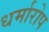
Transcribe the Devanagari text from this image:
धर्मारोप